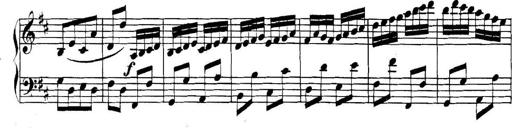
Title: Collected Piano Sonatas
Composer: Muzio Clementi